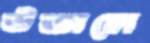
উত্তালে